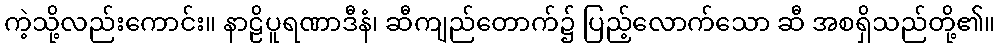
ကဲ့သို့လည်းကောင်း။ နာဠိပူရဏာဒီနံ၊ ဆီကျည်တောက်၌ ပြည့်လောက်သော ဆီ အစရှိသည်တို့၏။